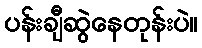
ပန်းချီဆွဲနေတုန်းပဲ။